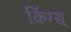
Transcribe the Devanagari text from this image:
किंग्स्